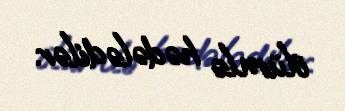
ölümlə hədələdilər.